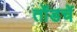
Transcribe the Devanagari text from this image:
तोंडचें